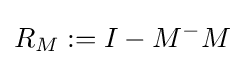
R_{M}:=I-M^{-}M